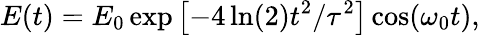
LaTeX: E(t)=E_{0}\exp\left[-4\ln(2)t^{2}/\tau^{2}\right]\cos(\omega_{0}t),